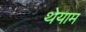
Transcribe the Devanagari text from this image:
थेयाम